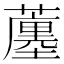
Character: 𧁶